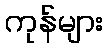
ကုန်များ